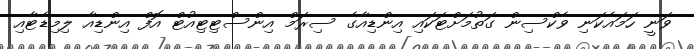
ވަނީ ހަމައެކަނި ވެކްސިން ގަތުމަށްޓަކައި އިންޑިއާގެ ސިރަމް އިންސްޓިޓިއުޓް އޮފް އިންޑިއާ ލިމިޑެޓާއި